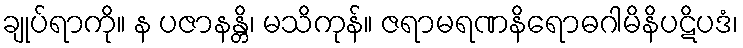
ချုပ်ရာကို။ န ပဇာနန္တိ၊ မသိကုန်။ ဇရာမရဏနိရောဓဂါမိနိပဋိပဒံ၊